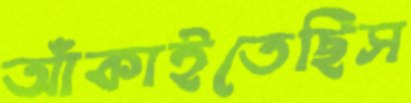
আঁকাইতেছিস